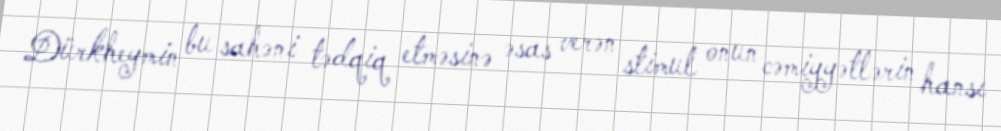
Dürkheymin bu sahəni tədqiq etməsinə əsas verən stimul onun cəmiyyətlərin hansı